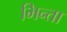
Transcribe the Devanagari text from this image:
भिन्ता